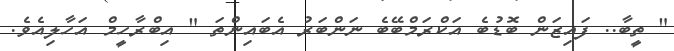
" ތީބާ.. ފައިޒަން ބޮޑުބެ އަކްރަމްބޭބެ ނަންބަރު އެބައިންތަ " އިބްރާހީމް އަހާލިއެވެ.